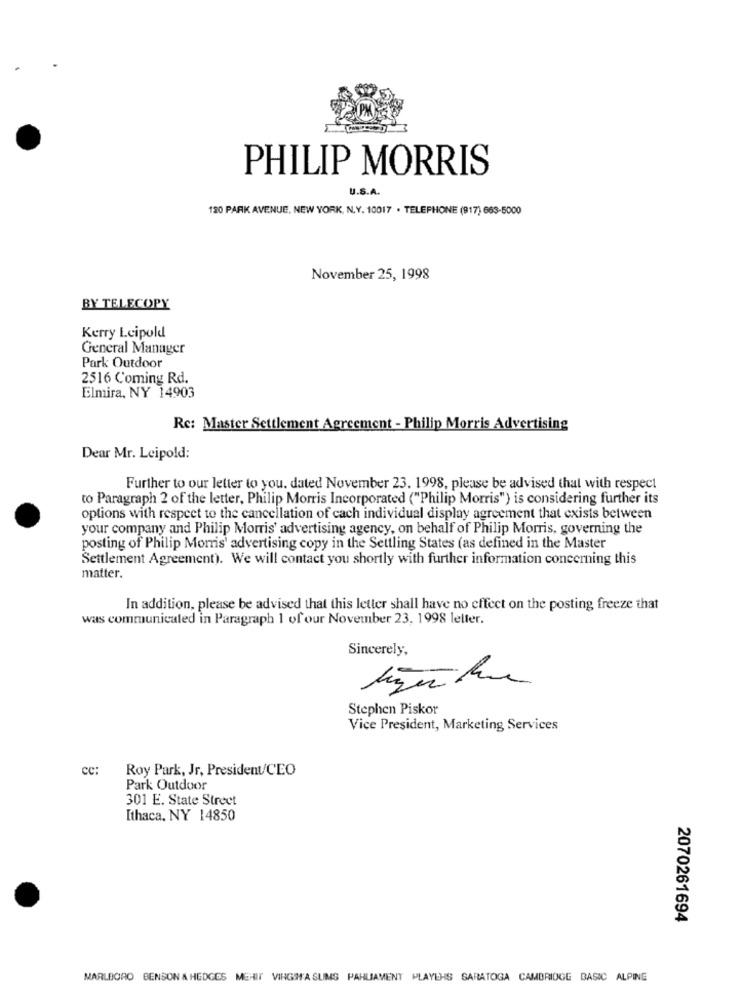
PHILIP MORRIS
U.S.A.
120 PARK AVENUE, NEW YORK, N.Y. 10017 . TELEPHONE (917) 663-5000
November 25, 1998
BY TELECOPY
Kerry Leipold
General Manager
Park Outdoor
2516 Coming Rd.
Elmira, NY 14903
Re: Master Settlement Agreement - Philip Morris Advertising
Dear Mr. Leipold:
Further to our letter to you. dated November 23. 1998, please be advised that with respect
to Paragraph 2 of the letter, Philip Morris Incorporated ("Philip Morris") is considering further its
options with respect to the cancellation of cach individual display agreement that exists between
your company and Philip Morris' advertising agency, on behalf of Philip Morris, governing the
posting of Philip Morris' advertising copy in the Settling States (as defined in the Master
Settlement Agreement). We will contact you shortly with further information concerning this
matter.
In addition, please be advised that this letter shall have no effect on the posting freeze that
was communicated in Paragraph 1 of our November 23, 1998 leller.
Sincerely,
Stephen Piskor
Vice President, Marketing Services
cc:
Roy Park, Jr, President/CEO
Park Outdoor
301 E. State Street
Ithaca, NY 14850
2070261694
MARLBORO BENSON & HEDGES MEHIT VIRGINA SLIMS PARLIAMENT PLAYERS SARATOGA CAMBRIDGE BASIC ALPINE